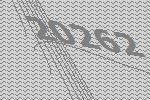
20262